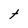
Character: t